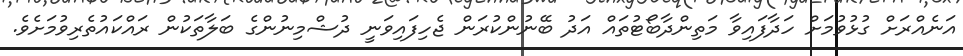
އަނެއްރަށް ގުޅުވުމަށް ހަދާފައިވާ މަތިންދާބޯޓުތައް އަދު ބޭނުންކުރަން ޖެހިފައިވަނީ ދުޝްމިނުންގެ ބަލާތަކުން ރައްކައުތެރިވުމަށެވެ.